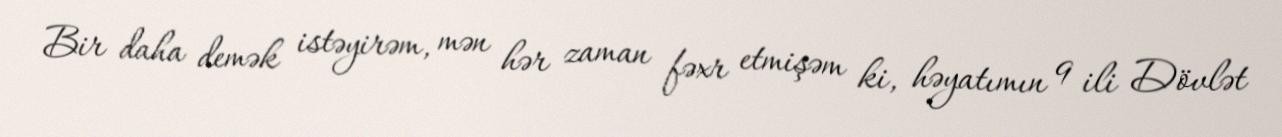
Bir daha demək istəyirəm, mən hər zaman fəxr etmişəm ki, həyatımın 9 ili Dövlət